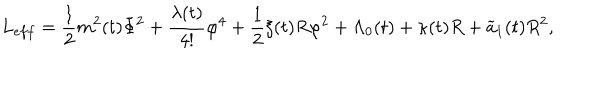
L _ { e f f } = \frac { 1 } { 2 } m ^ { 2 } ( t ) \Phi ^ { 2 } + \frac { \lambda ( t ) } { 4 ! } \varphi ^ { 4 } + \frac { 1 } { 2 } \xi ( t ) R \varphi ^ { 2 } + \Lambda _ { 0 } ( t ) + \kappa ( t ) R + \widetilde { a } _ { 1 } ( t ) R ^ { 2 } ,